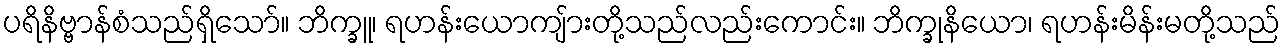
ပရိနိဗ္ဗာန်စံသည်ရှိသော်။ ဘိက္ခူ၊ ရဟန်းယောကျ်ားတို့သည်လည်းကောင်း။ ဘိက္ခုနိယော၊ ရဟန်းမိန်းမတို့သည်